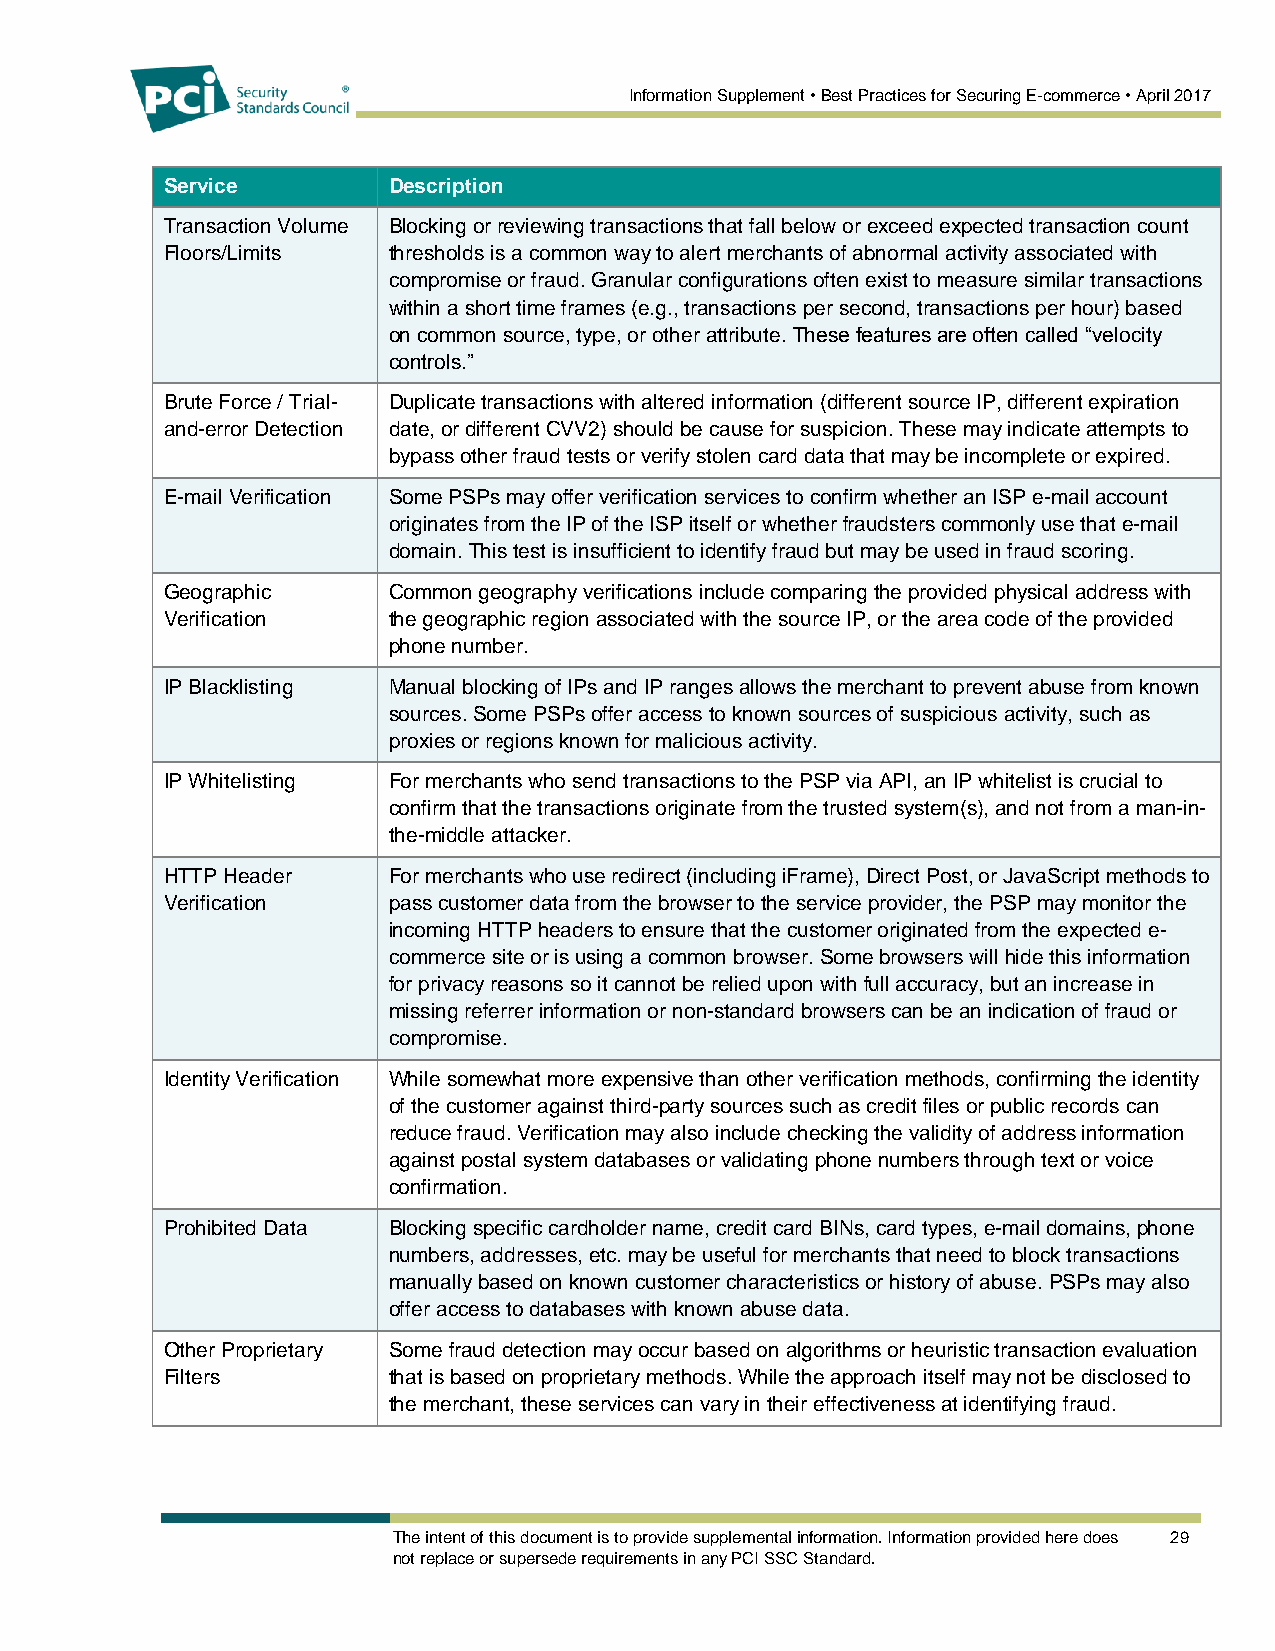
Information Supplement • Best Practices for Securing E-commerce • April 2017
 Service        Description
 Transaction Volume Blocking or reviewing transactions that fall below or exceed expected transaction count
 Floors/Limits  thresholds is a common way to alert merchants of abnormal activity associated with
 compromise or fraud. Granular configurations often exist to measure similar transactions
 within a short time frames (e.g., transactions per second, transactions per hour) based
 on common source, type, or other attribute. These features are often called “velocity
 controls.”
 Brute Force / Trial- Duplicate transactions with altered information (different source IP, different expiration
 and-error Detection date, or different CVV2) should be cause for suspicion. These may indicate attempts to
 bypass other fraud tests or verify stolen card data that may be incomplete or expired.
 E-mail Verification Some PSPs may offer verification services to confirm whether an ISP e-mail account
 originates from the IP of the ISP itself or whether fraudsters commonly use that e-mail
 domain. This test is insufficient to identify fraud but may be used in fraud scoring.
 Geographic     Common geography verifications include comparing the provided physical address with
 Verification   the geographic region associated with the source IP, or the area code of the provided
 phone number.
 IP Blacklisting Manual blocking of IPs and IP ranges allows the merchant to prevent abuse from known
 sources. Some PSPs offer access to known sources of suspicious activity, such as
 proxies or regions known for malicious activity.
 IP Whitelisting For merchants who send transactions to the PSP via API, an IP whitelist is crucial to
 confirm that the transactions originate from the trusted system(s), and not from a man-in-
 the-middle attacker.
 HTTP Header    For merchants who use redirect (including iFrame), Direct Post, or JavaScript methods to
 Verification   pass customer data from the browser to the service provider, the PSP may monitor the
 incoming HTTP headers to ensure that the customer originated from the expected e-
 commerce site or is using a common browser. Some browsers will hide this information
 for privacy reasons so it cannot be relied upon with full accuracy, but an increase in
 missing referrer information or non-standard browsers can be an indication of fraud or
 compromise.
 Identity Verification While somewhat more expensive than other verification methods, confirming the identity
 of the customer against third-party sources such as credit files or public records can
 reduce fraud. Verification may also include checking the validity of address information
 against postal system databases or validating phone numbers through text or voice
 confirmation.
 Prohibited Data Blocking specific cardholder name, credit card BINs, card types, e-mail domains, phone
 numbers, addresses, etc. may be useful for merchants that need to block transactions
 manually based on known customer characteristics or history of abuse. PSPs may also
 offer access to databases with known abuse data.
 Other Proprietary Some fraud detection may occur based on algorithms or heuristic transaction evaluation
 Filters        that is based on proprietary methods. While the approach itself may not be disclosed to
 the merchant, these services can vary in their effectiveness at identifying fraud.
 The intent of this document is to provide supplemental information. Information provided here does 29
 not replace or supersede requirements in any PCI SSC Standard.